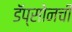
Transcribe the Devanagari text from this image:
डॅप्सोनची